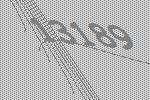
13189